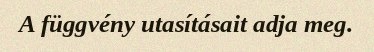
A függvény utasításait adja meg.